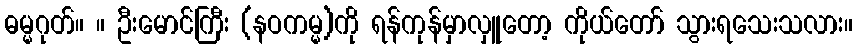
ဓမ္မဂုတ်။ ။ ဦးမောင်ကြီး (နဝကမ္မ)ကို ရန်ကုန်မှာလှူတော့ ကိုယ်တော် သွားရသေးသလား။